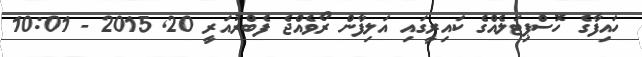
ހައިފާގެ ހޮސްޕިޓަލެއްގެ ކައިރީގައި އަލިފާން ރޯވެއްޖެ ފެބްރުއަރީ 20